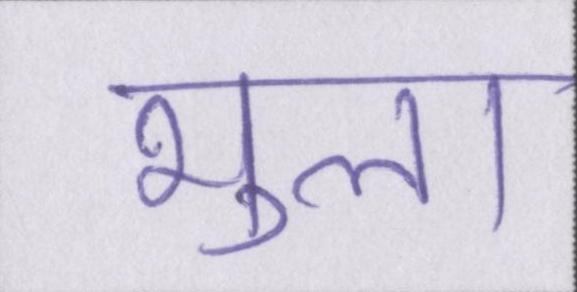
भुला